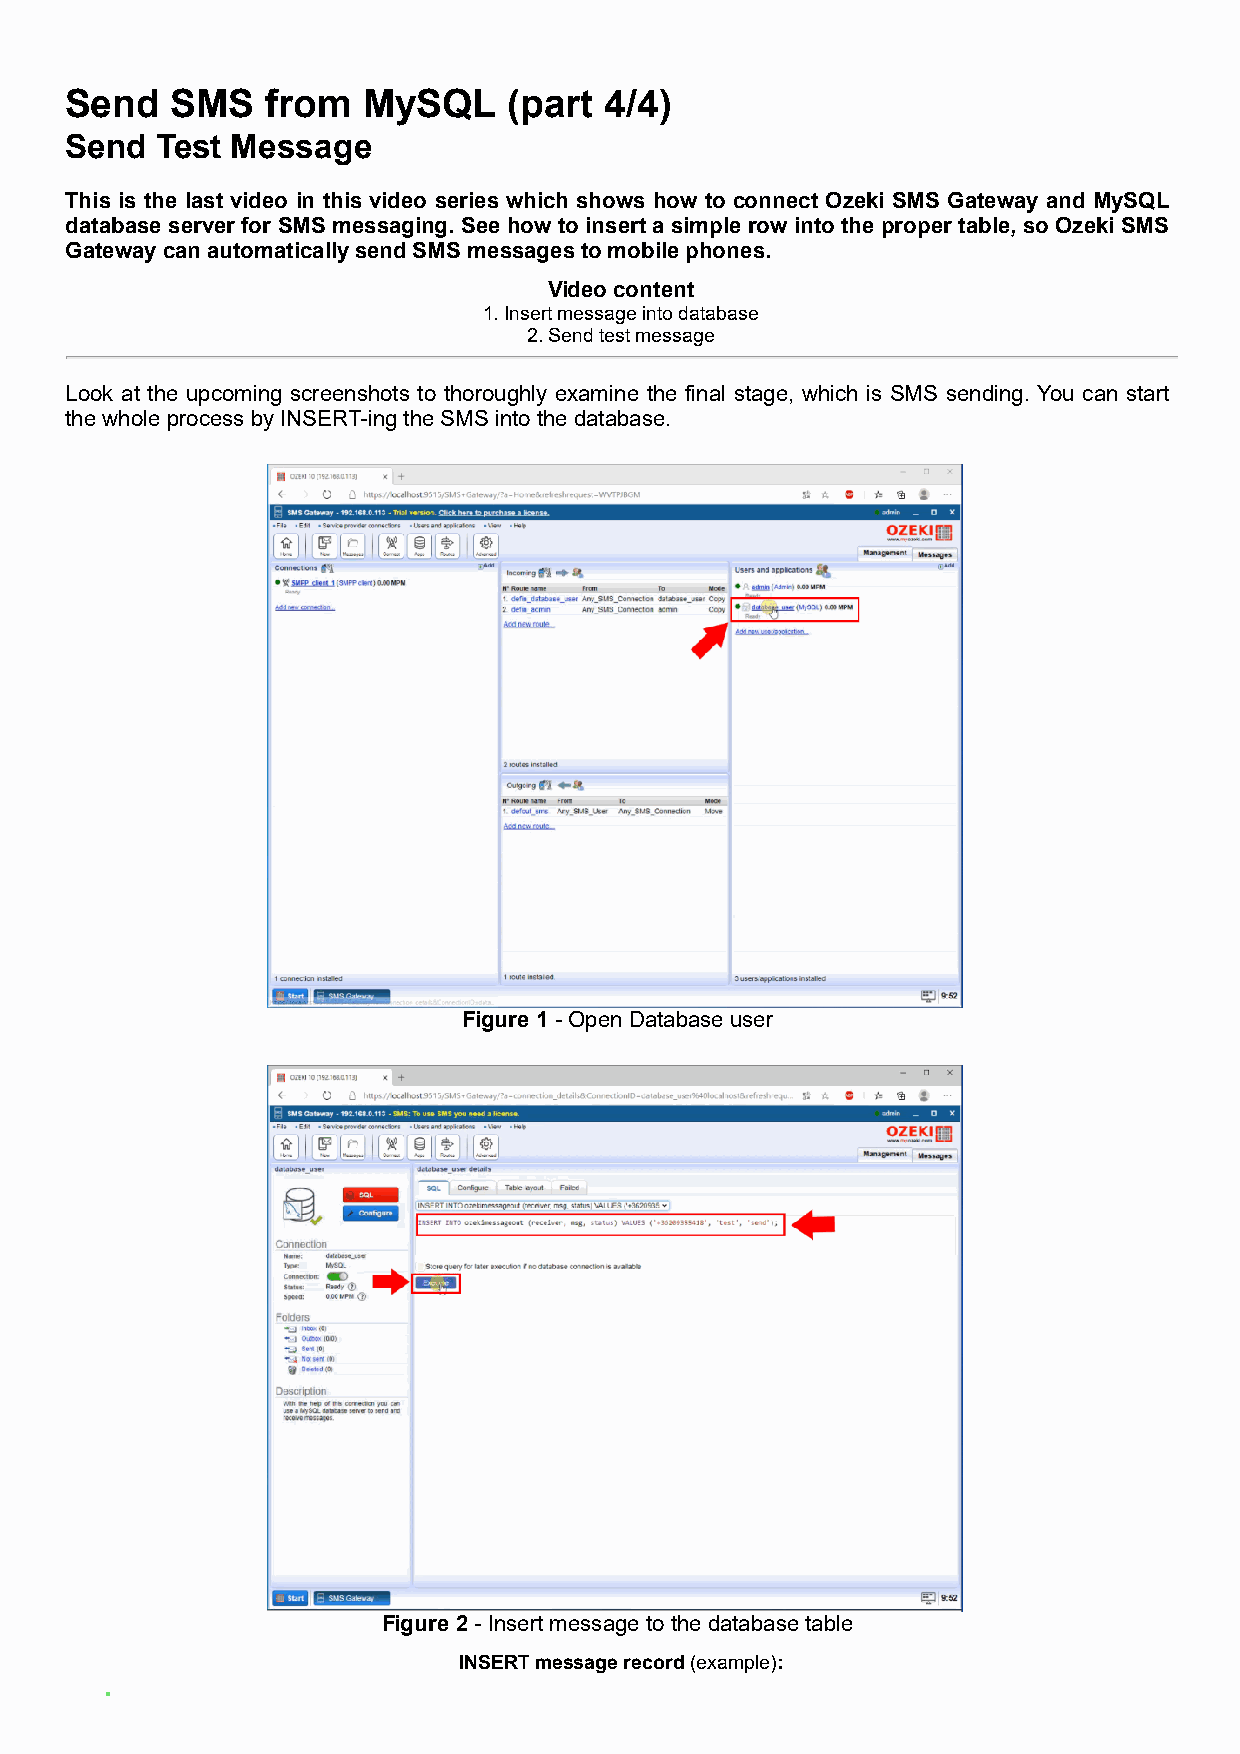
Send   SMS    from  MySQL     (part 4/4)
 Send  Test Message
 This is the last video in this video series which shows how to connect Ozeki SMS Gateway and MySQL
 database server for SMS messaging. See how to insert a simple row into the proper table, so Ozeki SMS
 Gateway can automatically send SMS messages to mobile phones.
 Video content
 1. Insert message into database
 2. Send test message
 Look at the upcoming screenshots to thoroughly examine the final stage, which is SMS sending. You can start
 the whole process by INSERT-ing the SMS into the database.
 Figure 1 - Open Database user
 Figure 2 - Insert message to the database table
 INSERT message record (example):